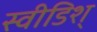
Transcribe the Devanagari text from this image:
स्वीडिश्